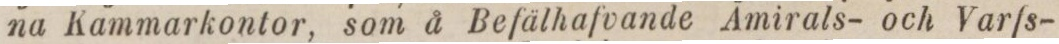
na Kammarkontor, som å Befälhafvande Amirals- och Varfs-